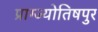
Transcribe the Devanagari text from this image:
प्राग्ज्योतिषपुर